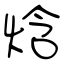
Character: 焓